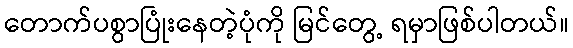
တောက်ပစွာပြုံးနေတဲ့ပုံကို မြင်တွေ့ ရမှာဖြစ်ပါတယ်။